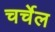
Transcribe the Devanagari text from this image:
चर्चेल